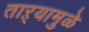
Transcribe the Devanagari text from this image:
ताऱ्यामुळे